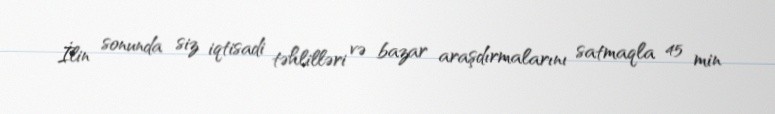
İlin sonunda siz iqtisadi təhlilləri və bazar araşdırmalarını satmaqla 45 min